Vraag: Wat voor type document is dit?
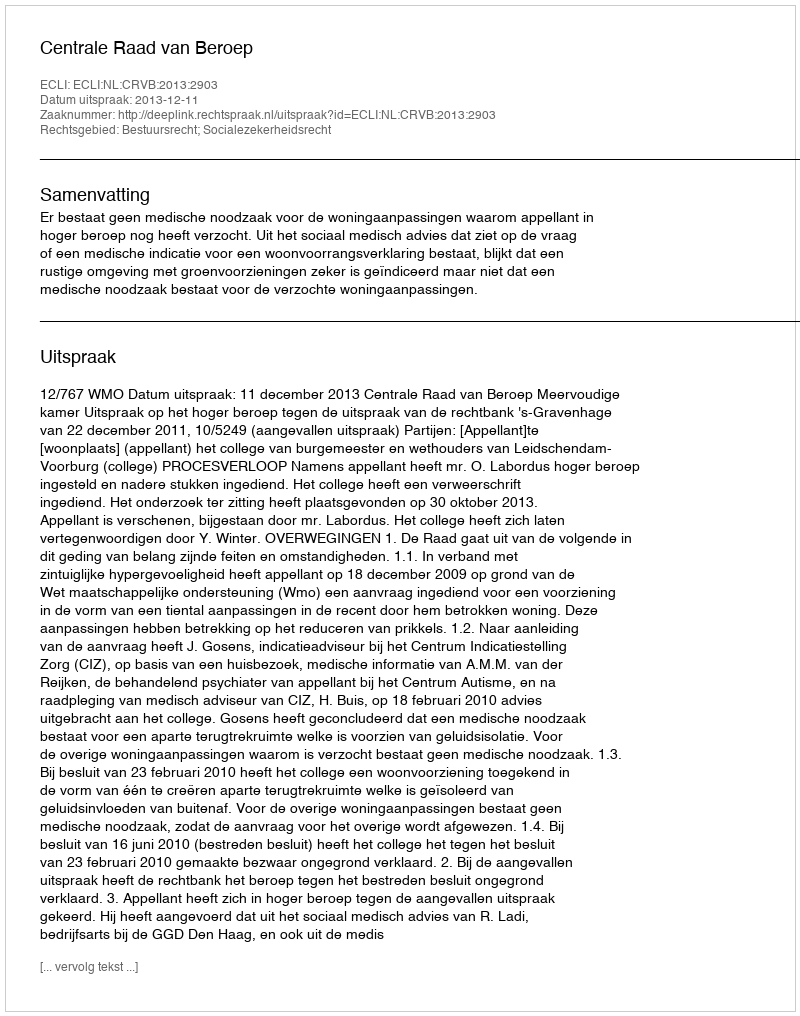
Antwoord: Uitspraak